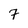
Character: 7